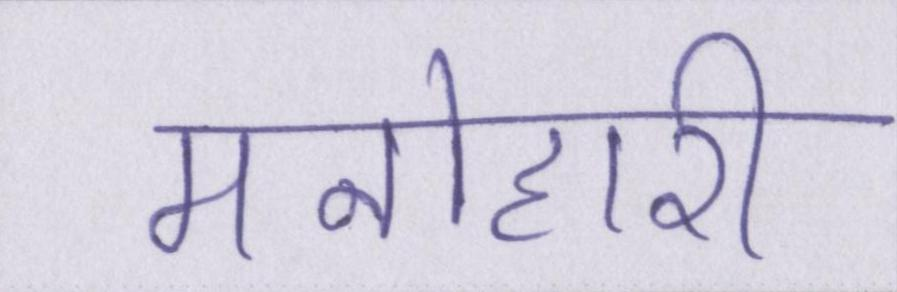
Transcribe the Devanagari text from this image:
मनोहारी